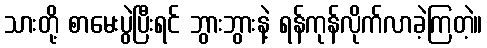
သားတို့ စာမေးပွဲပြီးရင် ဘွားဘွားနဲ့ ရန်ကုန်လိုက်လာခဲ့ကြတဲ့။